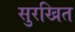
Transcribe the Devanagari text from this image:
सुरखित